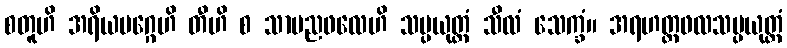
စတူဟိ အရိယမဂ္ဂေဟိ တီဟိ စ သာမညဖလေဟိ သမ္ပယုတ္တံ သီလံ သေက္ခံ။ အရဟတ္တဖလသမ္ပယုတ္တံ